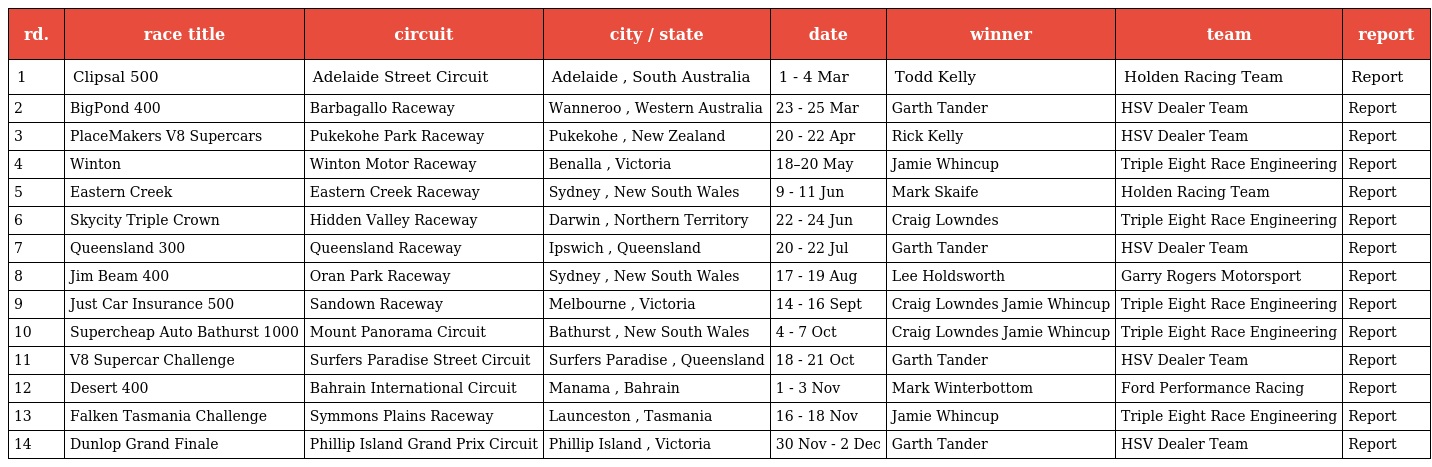
| rd. | race title | circuit | city / state | date | winner | team | report |
 | --- | --- | --- | --- | --- | --- | --- | --- |
 | 1 | Clipsal 500 | Adelaide Street Circuit | Adelaide , South Australia | 1 - 4 Mar | Todd Kelly | Holden Racing Team | Report |
 | 2 | BigPond 400 | Barbagallo Raceway | Wanneroo , Western Australia | 23 - 25 Mar | Garth Tander | HSV Dealer Team | Report |
 | 3 | PlaceMakers V8 Supercars | Pukekohe Park Raceway | Pukekohe , New Zealand | 20 - 22 Apr | Rick Kelly | HSV Dealer Team | Report |
 | 4 | Winton | Winton Motor Raceway | Benalla , Victoria | 18–20 May | Jamie Whincup | Triple Eight Race Engineering | Report |
 | 5 | Eastern Creek | Eastern Creek Raceway | Sydney , New South Wales | 9 - 11 Jun | Mark Skaife | Holden Racing Team | Report |
 | 6 | Skycity Triple Crown | Hidden Valley Raceway | Darwin , Northern Territory | 22 - 24 Jun | Craig Lowndes | Triple Eight Race Engineering | Report |
 | 7 | Queensland 300 | Queensland Raceway | Ipswich , Queensland | 20 - 22 Jul | Garth Tander | HSV Dealer Team | Report |
 | 8 | Jim Beam 400 | Oran Park Raceway | Sydney , New South Wales | 17 - 19 Aug | Lee Holdsworth | Garry Rogers Motorsport | Report |
 | 9 | Just Car Insurance 500 | Sandown Raceway | Melbourne , Victoria | 14 - 16 Sept | Craig Lowndes Jamie Whincup | Triple Eight Race Engineering | Report |
 | 10 | Supercheap Auto Bathurst 1000 | Mount Panorama Circuit | Bathurst , New South Wales | 4 - 7 Oct | Craig Lowndes Jamie Whincup | Triple Eight Race Engineering | Report |
 | 11 | V8 Supercar Challenge | Surfers Paradise Street Circuit | Surfers Paradise , Queensland | 18 - 21 Oct | Garth Tander | HSV Dealer Team | Report |
 | 12 | Desert 400 | Bahrain International Circuit | Manama , Bahrain | 1 - 3 Nov | Mark Winterbottom | Ford Performance Racing | Report |
 | 13 | Falken Tasmania Challenge | Symmons Plains Raceway | Launceston , Tasmania | 16 - 18 Nov | Jamie Whincup | Triple Eight Race Engineering | Report |
 | 14 | Dunlop Grand Finale | Phillip Island Grand Prix Circuit | Phillip Island , Victoria | 30 Nov - 2 Dec | Garth Tander | HSV Dealer Team | Report |